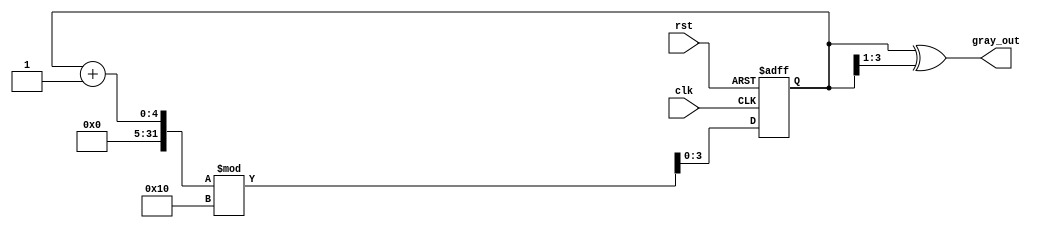
module gray_code_counter #(parameter N = 4) (
    input wire clk,          // Clock signal
    input wire rst,          // Reset signal
    output reg [N-1:0] gray_out // Gray code output
);

    reg [N-1:0] binary_count; // Register to hold the binary count

    // Always block for synchronous reset and counting
    always @(posedge clk or posedge rst) begin
        if (rst) begin
            binary_count <= 0; // Initialize binary count to 0
        end else begin
            binary_count <= (binary_count + 1) % (1 << N); // Increment and wrap around
        end
    end

    // Combinational logic to convert binary count to Gray code
    always @(binary_count) begin
        gray_out = binary_count ^ (binary_count >> 1); // Convert to Gray code
    end

endmodule